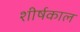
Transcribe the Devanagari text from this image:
शीर्षकाल